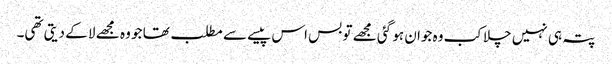
پتہ ہی نہیں چلا کب وہ جوان ہو گئی مجھے تو بس اس پیسے سے مطلب تھا جو وہ مجھے لا کے دیتی تھی۔